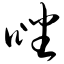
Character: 唑